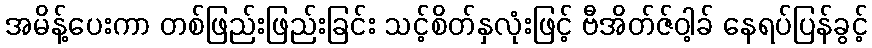
အမိန့်ပေးကာ တစ်ဖြည်းဖြည်းခြင်း သင့်စိတ်နှလုံးဖြင့် ဗီအိတ်ဇ်ဝါ့ခ် နေရပ်ပြန်ခွင့်